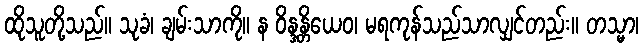
ထိုသူတို့သည်။ သုခံ၊ ချမ်းသာကို။ န ဝိန္ဒန္တိယေဝ၊ မရကုန်သည်သာလျှင်တည်း။ တသ္မာ၊